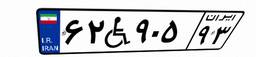
۶۲W۹۰۵۹۳